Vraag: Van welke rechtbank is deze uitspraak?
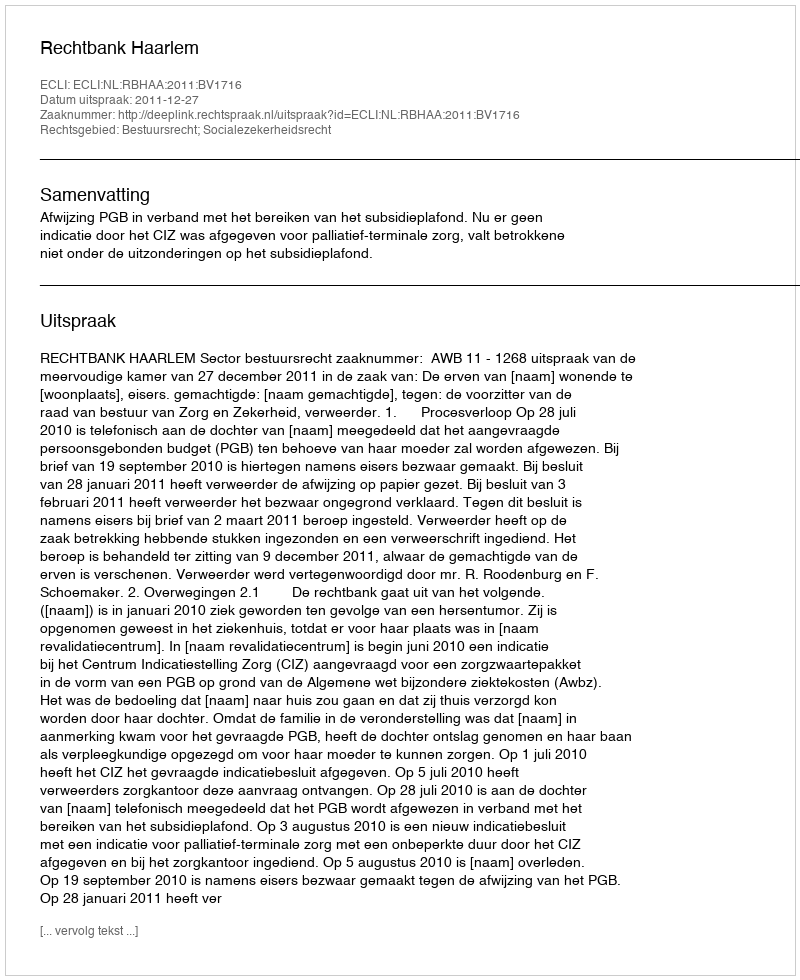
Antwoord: Rechtbank Haarlem